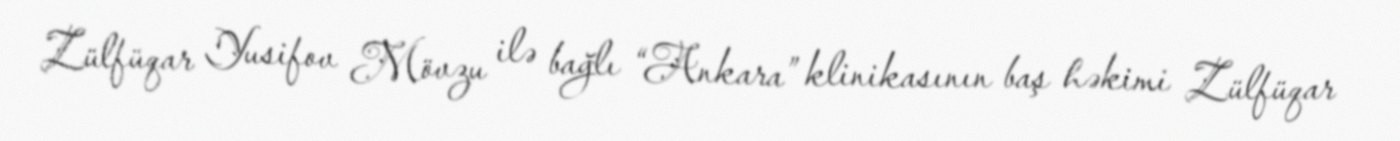
Zülfüqar Yusifov Mövzu ilə bağlı “Ankara” klinikasının baş həkimi Zülfüqar